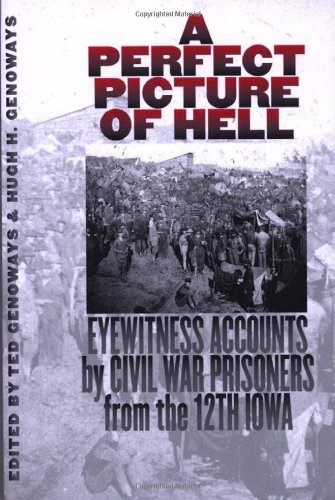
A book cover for A Perfect Picture of Hell: Eyewitness Accounts by Civil War Prisoners from the 12th Iowa; Hugh H. Genoways; History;